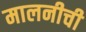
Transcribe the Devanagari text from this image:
मालनीची